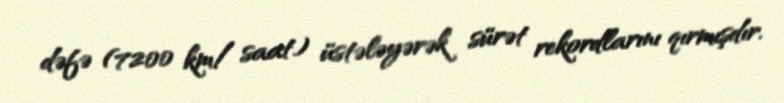
dəfə (7200 km/ saat) üstələyərək sürət rekordlarını qırmışdır.